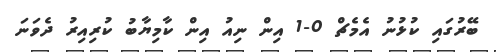
ބޭރުގައި ކުޅުނު އެމެޗް 0-1 އިން ނިއު އިން ކާމިޔާބު ކުރިއިރު ދެވަނަ